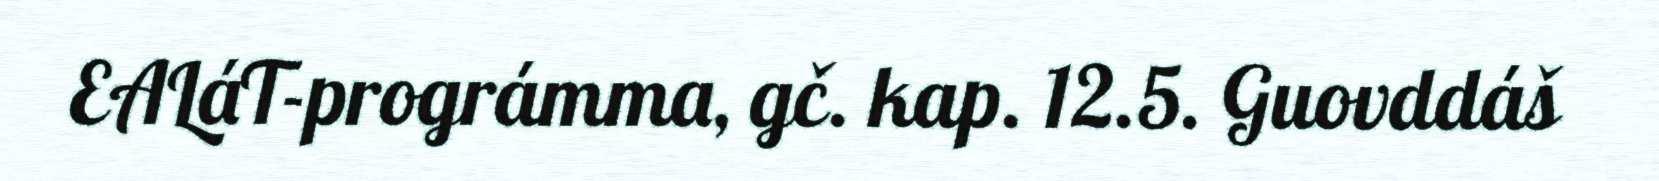
EALáT-prográmma, gč. kap. 12.5. Guovddáš